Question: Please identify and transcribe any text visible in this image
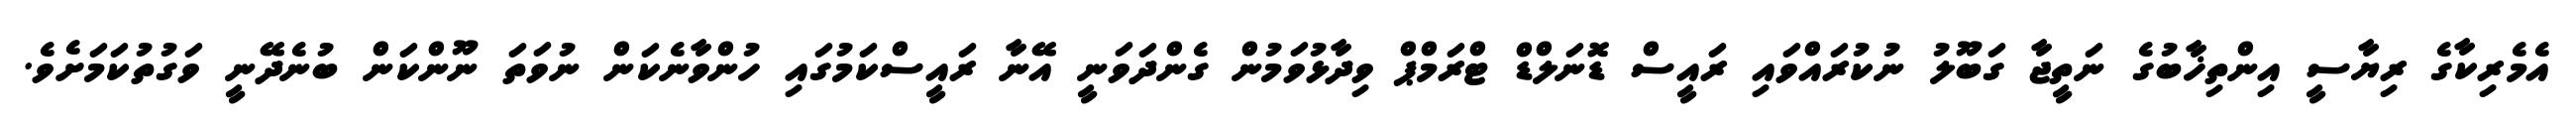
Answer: އެމެރިކާގެ ރިޔާސީ އިންތިޚާބުގެ ނަތީޖާ ގަބޫލު ނުކުރައްވައި ރައީސް ޑޮނަލްޑް ޓްރަމްޕް ވިދާޅުވަމުން ގެންދަވަނީ އޭނާ ރައީސްކަމުގައި ހުންވާނެކަން ނުވަތަ ނޫންކަން ބުނެދޭނީ ވަގުތުކަމަށެވެ.